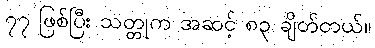
၇၇ ဖြစ်ပြီး သတ္တုက အဆင့် ၈၃ ချိတ်တယ်။